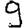
Digit: 9